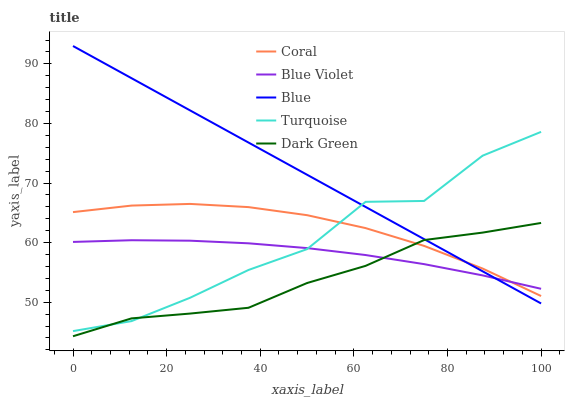
| xaxis_label | Coral | Blue Violet | Blue | Turquoise | Dark Green |
 | --- | --- | --- | --- | --- | --- |
 | 0 | 65.1 | 60.1 | 93 | 45.2 | 44.3 |
 | 12.5 | 66.2 | 60.4 | 87.6 | 46.8 | 47.3 |
 | 25 | 66.5 | 60.3 | 82.2 | 50.7 | 48.1 |
 | 37.5 | 66 | 59.9 | 76.8 | 55.4 | 49.1 |
 | 50 | 64.6 | 59.1 | 71.4 | 58.9 | 53.2 |
 | 62.5 | 62.4 | 57.9 | 66 | 66.8 | 56.1 |
 | 75 | 59.5 | 56.4 | 60.6 | 67 | 60.4 |
 | 87.5 | 55.7 | 54.5 | 55.2 | 74.6 | 61.7 |
 | 100 | 51 | 52.3 | 49.8 | 78.6 | 63.3 |